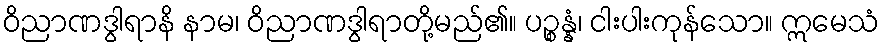
ဝိညာဏဒွါရာနိ နာမ၊ ဝိညာဏဒွါရာတို့မည်၏။ ပဉ္စန္နံ၊ ငါးပါးကုန်သော။ ဣမေသံ